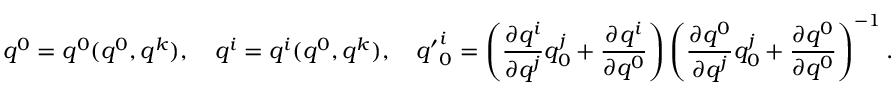
q ^ { 0 } = q ^ { 0 } ( q ^ { 0 } , q ^ { k } ) , \quad q ^ { i } = q ^ { i } ( q ^ { 0 } , q ^ { k } ) , \quad { q ^ { \prime } } _ { 0 } ^ { i } = \left( { \frac { \partial q ^ { i } } { \partial q ^ { j } } } q _ { 0 } ^ { j } + { \frac { \partial q ^ { i } } { \partial q ^ { 0 } } } \right) \left( { \frac { \partial q ^ { 0 } } { \partial q ^ { j } } } q _ { 0 } ^ { j } + { \frac { \partial q ^ { 0 } } { \partial q ^ { 0 } } } \right) ^ { - 1 } .